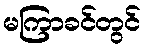
မကြာခင်တွင်